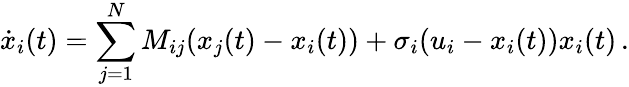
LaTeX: \dot{x}_{i}(t)=\sum_{j=1}^{N}M_{ij}(x_{j}(t)-x_{i}(t))+\sigma_{i}(u_{i}-x_{i}(t))x_{i}(t)\, .